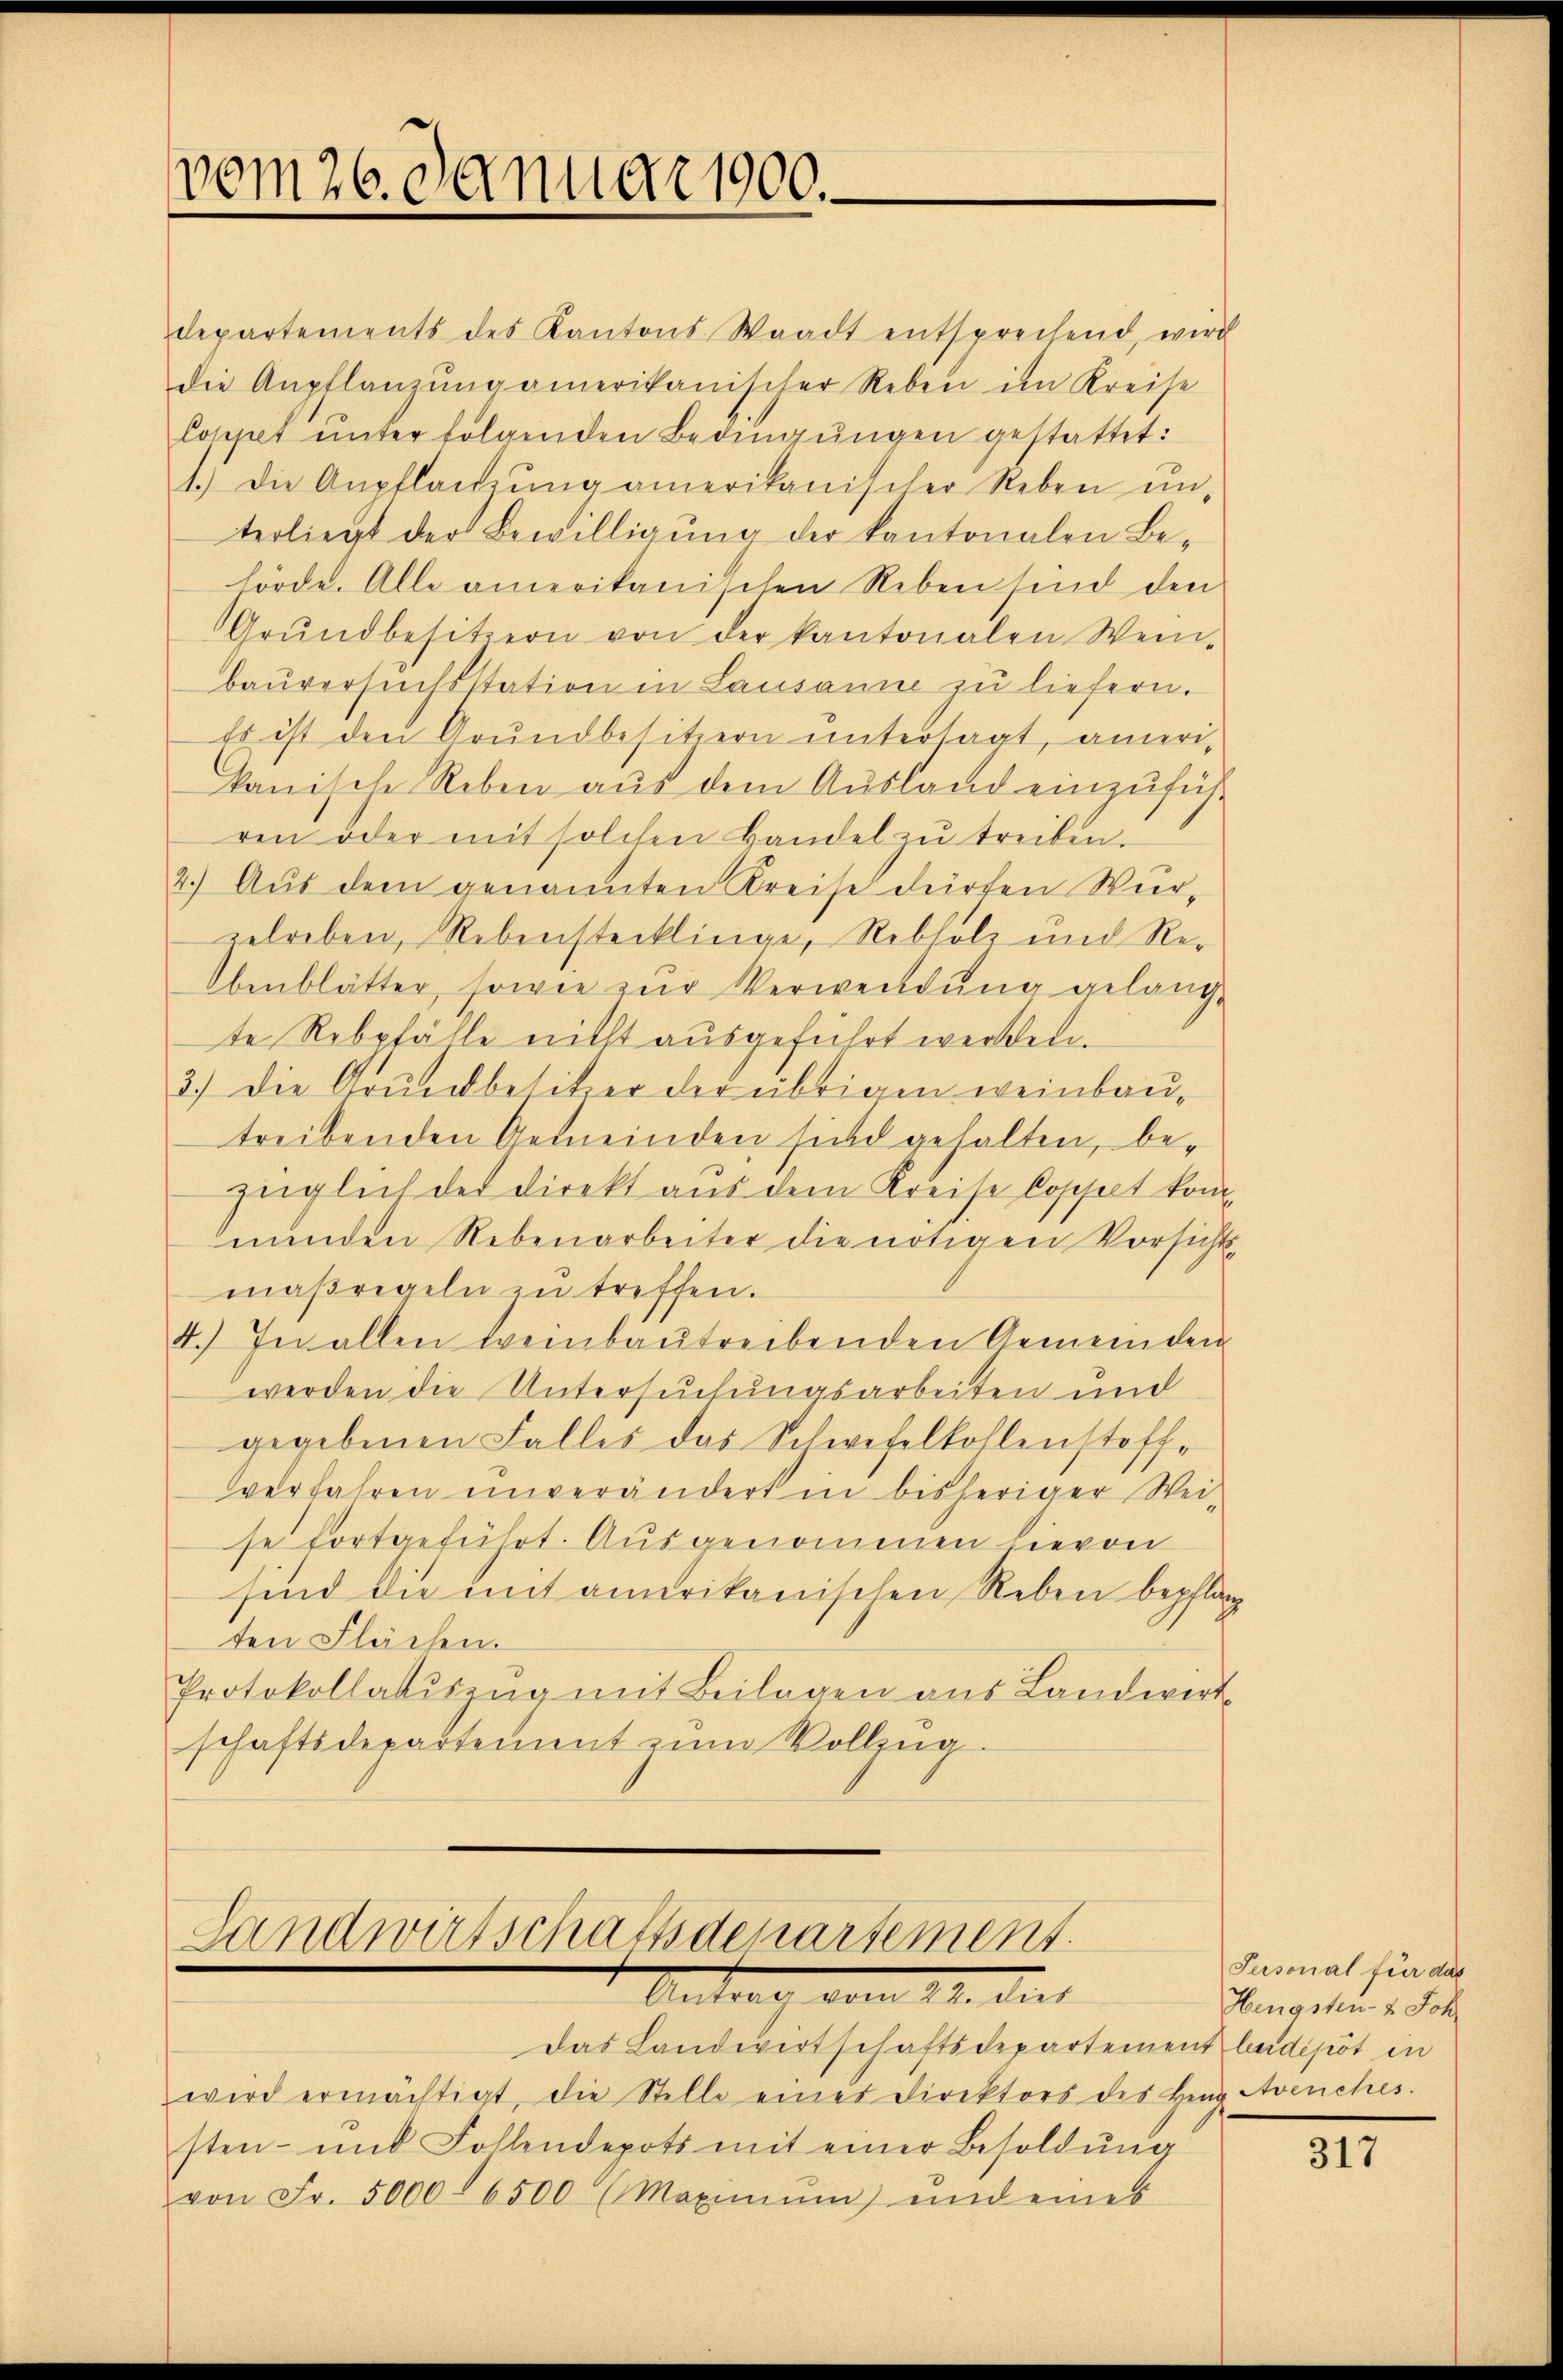
vom 26. Januar 1900.

Landwirtschaftsdepartement.
Antrag vom 11. der

departements des Kantons Waadt entsprechend, wird
die Anpflanzung amerikanischer Reben im Kreise
loppet unter folgenden Bedingŭngen gestattet:
1.) Die Anpflanzŭng amerikanischer Reben ŭn-
terliegt der Bewilligung der kantonalen Behörde. Alle amerikanischen Reben sind den
Grŭndbesitzern von der kantonalen Wei-
bauversuchsstation in Lausanne zu liefern.
Es ist den Grundbesitzern untersagt, amerikanische Reben aus dem Ausland einzuführen oder mit solchen Handel zŭ treiben.
2.) Aus dem genannten Kreise dürfen Wurzelreben, Rebenstecklinge, Rebholz und Rebenblätter, sowie zur Verwendung gelangte Rebpfälle nicht ausgeführt werden.
3.) Die Grundbesitzer der übrigen weinbautreibenden Gemeinden sind gehalten, bezüglich der direkt aŭs dem Kreise Coppelt kommenden Rebenarbeiter die nötigen Vorsichts-
maßregeln zu treffen.
4.) In allen Weinbautreibenden Gemeinden
werden die Untersuchungsarbeiten und
gegebenen Falles das Schwefelkollenstoffverfahren unverändert in bisheriger Wei-
se fortgeführt. Ausgenommen hievon
sind die mit amerikanischen Reben bepflang
ten Flächen.
Protokollatŭszŭg mit Beilagen aus Landwirt
schaftsdepartement zum Vollzug.

Das Landwirtschaftsdepartement leidipot in
wird ermächtigt, die Stelle eines Direktors des Heng Avenches.
sten- und Follendepots mit einer Besoldŭng
von Fr. 5000. 6500 (Maximŭm) und eines

Personal für das
Hengsten- & Joh.

317